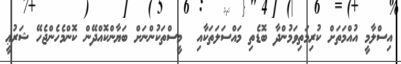
އިސްލާމީ އުއްމަތަށް ކުރިމަތިވަމުންދާ ބޮޑެތި މައްސަލަތަކާއި  މީސްތަކުންނަށް ބަޔާންކޮއްދޭން ކޮންމެހެންޖެހޭ ޝަރުޢީ